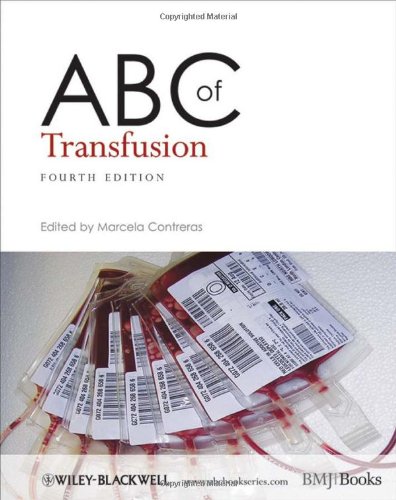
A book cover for ABC of Transfusion (ABC Series); Medical Books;